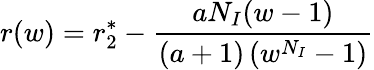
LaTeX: r(w)=r_{2}^{*}-\frac{aN_{I}(w-1)}{(a+1)\left(w^{N_{I}}-1\right)}